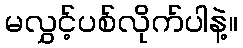
မလွှင့်ပစ်လိုက်ပါနဲ့။